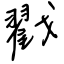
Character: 戳